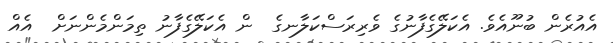
އެއުރެން ބުނޫއެވެ. އެކަލޭގެފާނުގެ ވެރިރަސްކަލާނގެ  ން އެކަލޭގެފާނު ތިމަންމެންނަށް  އެއް